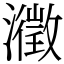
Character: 瀓